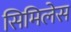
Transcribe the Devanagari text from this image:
सिमिलेस